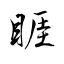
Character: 睚